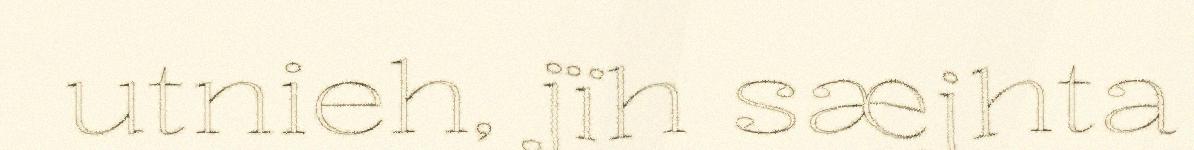
utnieh, jïh sæjhta